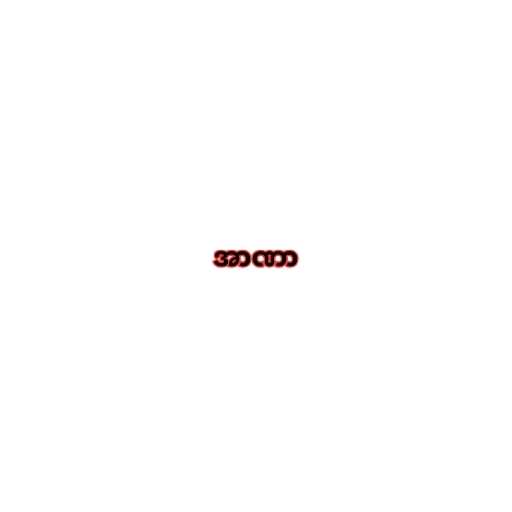
အာဏာ